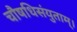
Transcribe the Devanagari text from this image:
चौषधिसंयुताम्।